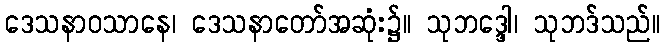
ဒေသနာဝသာနေ၊ ဒေသနာတော်အဆုံး၌။ သုဘဒ္ဒေါ၊ သုဘဒ်သည်။